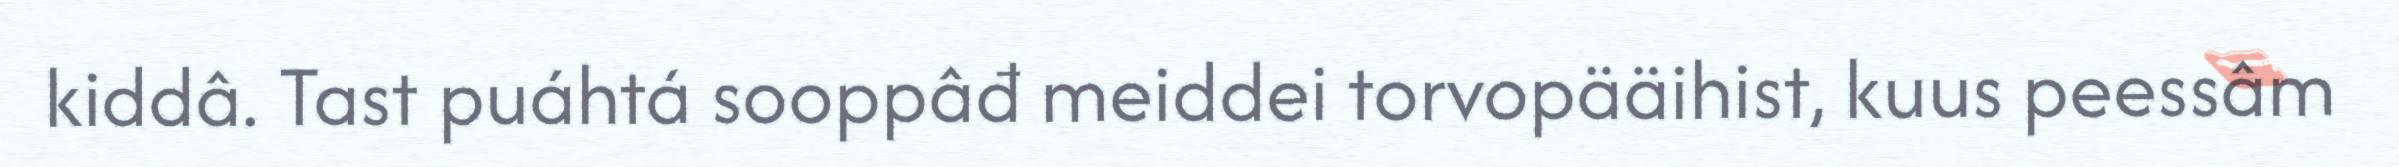
kiddâ. Tast puáhtá sooppâđ meiddei torvopääihist, kuus peessâm